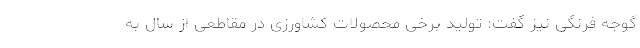
گوجه فرنگی نیز گفت: تولید برخی محصولات کشاورزی در مقاطعی از سال به